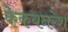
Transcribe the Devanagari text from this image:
केकयनरेश